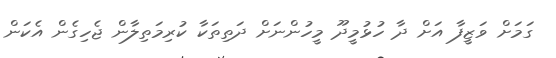
ގަމަށް ވަޒީފާ އަށް ދާ ހުޅުމީދޫ މީހުންނަށް ދަތިތަކާ ކުރިމަތިލާން ޖެހިގެން އެކަން